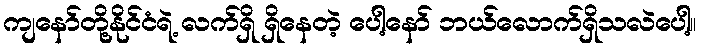
ကျနော်တို့နိုင်ငံရဲ့ လက်ရှိ ရှိနေတဲ့ ပေါ့နော် ဘယ်လောက်ရှိသလဲပေါ့။